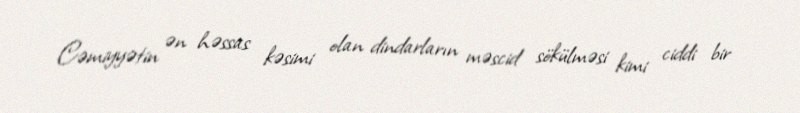
Cəmiyyətin ən həssas kəsimi olan dindarların məscid sökülməsi kimi ciddi bir